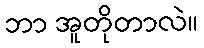
ဘာ အူတိုတာလဲ။